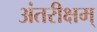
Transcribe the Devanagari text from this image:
अंतरीक्षम्